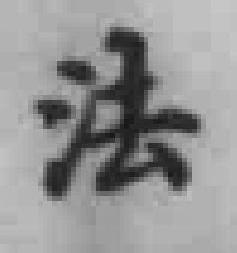
法